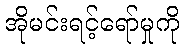
အိုမင်းရင့်ရော်မှုကို